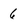
Character: 6